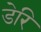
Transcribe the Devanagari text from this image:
डेरि